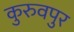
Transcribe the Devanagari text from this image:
कुरुवपुर